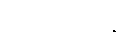
တေလကာနိ